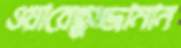
ওয়ারেছুজ্জামান